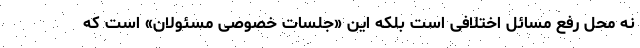
نه محل رفع مسائل اختلافی است بلکه این «جلسات خصوصی مسئولان» است که